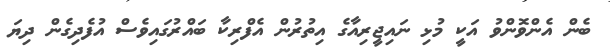
ބެން އެންވޮންވު އަކީ މުޅި ނައިޖީރިއާގެ އިތުރުން އެފްރިކާ ބައްރުގައިވެސް އުފެދިގެން ދިޔަ